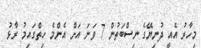
މިހާރު އެއީ ދުނިޔޭގެ ނިސްބަތުން 7 ވަނަ އަށް އެންމެ ހިތްގައިމު ރާޅު